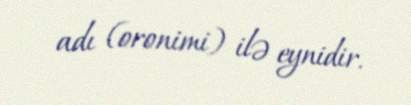
adı (oronimi) ilə eynidir.